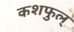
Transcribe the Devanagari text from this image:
कशफुल्